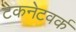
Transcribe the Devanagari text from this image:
टेकनेटवर्क